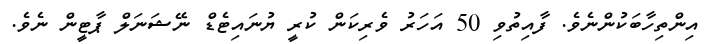
އިންތިހާބަކުންނެވެ. ފާއިތުވި 50 އަހަރު ވެރިކަން ކުރީ ޔުނައިޓެޑް ނޭޝަނަލް ޕާޓީން ނެވެ.